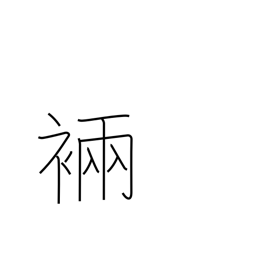
Meaning: ancient robe